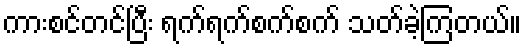
ကားစင်တင်ပြီး ရက်ရက်စက်စက် သတ်ခဲ့ကြတယ်။